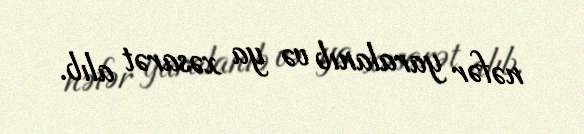
nəfər yaralanıb və ya xəsarət alıb.